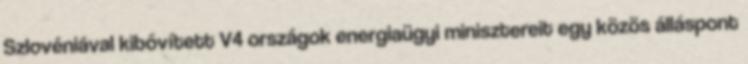
Szlovéniával kibővített V4 országok energiaügyi minisztereit egy közös álláspont